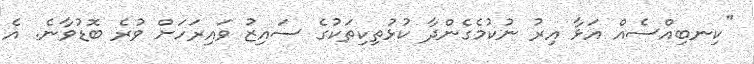
"ކިނބިއްސެއް އަޅާ އިރު ނުކުމެގެންދާ ކުޅުތިކިތަކުގެ ސައިޒު ވައިރަހަށް ވުރެ ބޮޑުވާނެ. އެ